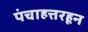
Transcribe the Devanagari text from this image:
पंचाहत्तरहून